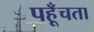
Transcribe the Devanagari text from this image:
पहूँचता